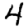
Digit: 4